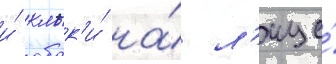
и́ клык'и́ на́ л'ице́